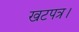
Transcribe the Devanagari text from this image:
खटपत्र।